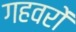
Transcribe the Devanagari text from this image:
गहवरों